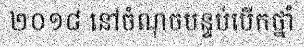
២០១៨ នៅចំណុចបន្ទប់បើកថ្នាំ